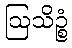
ဩသိဉ္စံ